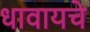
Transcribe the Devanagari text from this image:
धावायचे